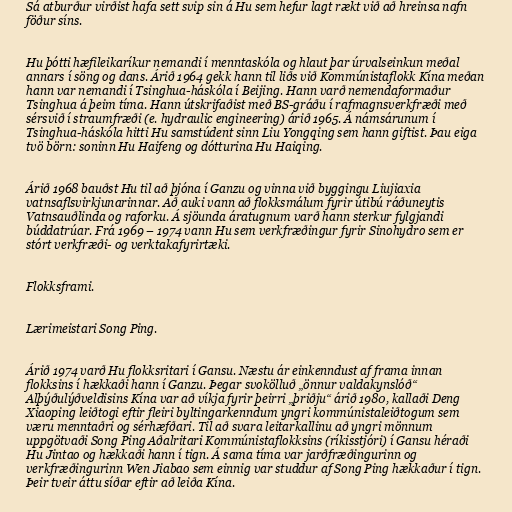
Sá atburður virðist hafa sett svip sin á Hu sem hefur lagt rækt við að hreinsa nafn
föður síns.

Hu þótti hæfileikaríkur nemandi í menntaskóla og hlaut þar úrvalseinkun meðal
annars í söng og dans. Árið 1964 gekk hann til liðs við Kommúnistaflokk Kína meðan
hann var nemandi í Tsinghua-háskóla í Beijing. Hann varð nemendaformaður
Tsinghua á þeim tíma. Hann útskrifaðist með BS-gráðu í rafmagnsverkfræði með
sérsvið í straumfræði (e. hydraulic engineering) árið 1965. Á námsárunum í
Tsinghua-háskóla hitti Hu samstúdent sinn Liu Yongqing sem hann giftist. Þau eiga
tvö börn: soninn Hu Haifeng og dótturina Hu Haiqing.

Árið 1968 bauðst Hu til að þjóna í Ganzu og vinna við byggingu Liujiaxia
vatnsaflsvirkjunarinnar. Að auki vann að flokksmálum fyrir útibú ráðuneytis
Vatnsauðlinda og raforku. Á sjöunda áratugnum varð hann sterkur fylgjandi
búddatrúar. Frá 1969 – 1974 vann Hu sem verkfræðingur fyrir Sinohydro sem er
stórt verkfræði- og verktakafyrirtæki.

Flokksframi.

Lærimeistari Song Ping.

Árið 1974 varð Hu flokksritari í Gansu. Næstu ár einkenndust af frama innan
flokksins í hækkaði hann í Ganzu. Þegar svokölluð „önnur valdakynslóð“
Alþýðulýðveldisins Kína var að víkja fyrir þeirri „þriðju“ árið 1980, kallaði Deng
Xiaoping leiðtogi eftir fleiri byltingarkenndum yngri kommúnistaleiðtogum sem
væru menntaðri og sérhæfðari. Til að svara leitarkallinu að yngri mönnum
uppgötvaði Song Ping Aðalritari Kommúnistaflokksins (ríkisstjóri) í Gansu héraði
Hu Jintao og hækkaði hann í tign. Á sama tíma var jarðfræðingurinn og
verkfræðingurinn Wen Jiabao sem einnig var studdur af Song Ping hækkaður í tign.
Þeir tveir áttu síðar eftir að leiða Kína.